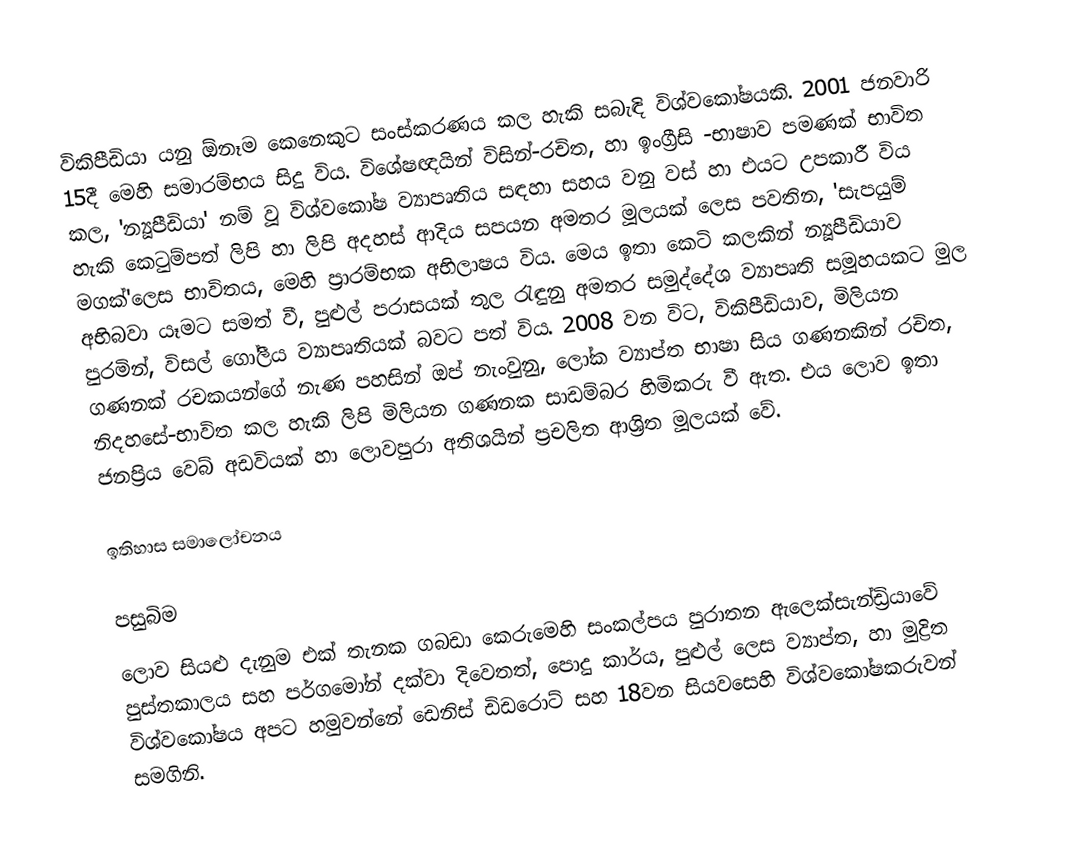
විකිපීඩියා යනු ඕනෑම කෙනෙකුට සංස්කරණය කල හැකි සබැඳි විශ්වකෝෂයකි. 2001 ජනවාරි 15දී මෙහි සමාරම්භය සිදු විය. විශේෂඥයින් විසින්-රචිත, හ‍ා  ඉංග්‍රීසි -භාෂාව පමණක් භාවිත කල, 'න්‍යූපීඩියා' නම් වූ විශ්වකෝෂ ව්‍යාපෘතිය සඳහා සහය වනු වස් හා එයට උපකාරී විය හැකි කෙටුම්පත් ලිපි හා ලිපි අදහස් ආදිය සපයන අමතර මූලයක් ලෙස පවතින, 'සැපයුම් මගක්'ලෙස භාවිතය, මෙහි ප්‍රාරම්භක අභිලාෂය විය. මෙය ඉතා කෙටි කලකින් න්‍යූපීඩියාව අභිබවා යෑමට සමත් වී, පුළුල් පරාසයක් තුල රැඳුනු අමතර සමුද්දේශ ව්‍යාපෘති සමූහයකට මුල පුරමින්, විසල් ගෝලීය ව්‍යාපෘතියක් බවට පත් විය. 2008 වන විට, විකිපීඩියාව, මිලියන ගණනක් රචකයන්ගේ නැණ පහසින් ඔප් නැංවුනු, ලෝක ව්‍යාප්ත භාෂා සිය ගණනකින් රචිත, නිදහසේ-භාවිත කල හැකි ලිපි මිලියන ගණනක සාඩම්බර හිමිකරු වී ඇත. එය ලොව ඉතා ජනප්‍රිය වෙබ් අඩවියක්  හා ලොවපුරා අතිශයින් ප්‍රචලිත ආශ්‍රිත මූලයක් වේ.

ඉතිහාස සමාලෝචනය

පසුබිම
ලොව සියළු දැනුම එක් තැනක ගබඩා කෙරුමෙහි සංකල්පය පුරාතන  ඇලෙක්සැන්ඩ්‍රියාවේ පුස්තකාලය සහ පර්ගමෝන් දක්වා දිවෙතත්, පොදු කාර්ය, පුළුල් ලෙස ව්‍යාප්ත, හා මුද්‍රිත   විශ්වකෝෂය  අපට හමුවන්නේ ඩෙනිස් ඩිඩරොට් සහ 18වන  සියවසෙහි විශ්වකෝෂකරුවන් සමගිනි.